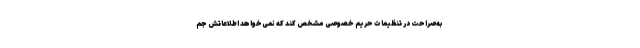
به‌‌صراحت در تنظیمات حریم خصوصی مشخص کند که نمی‌خواهد اطلاعاتش جم